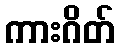
ကားဂိတ်